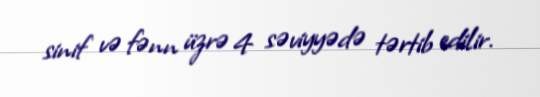
sinif və fənn üzrə 4 səviyyədə tərtib edilir.